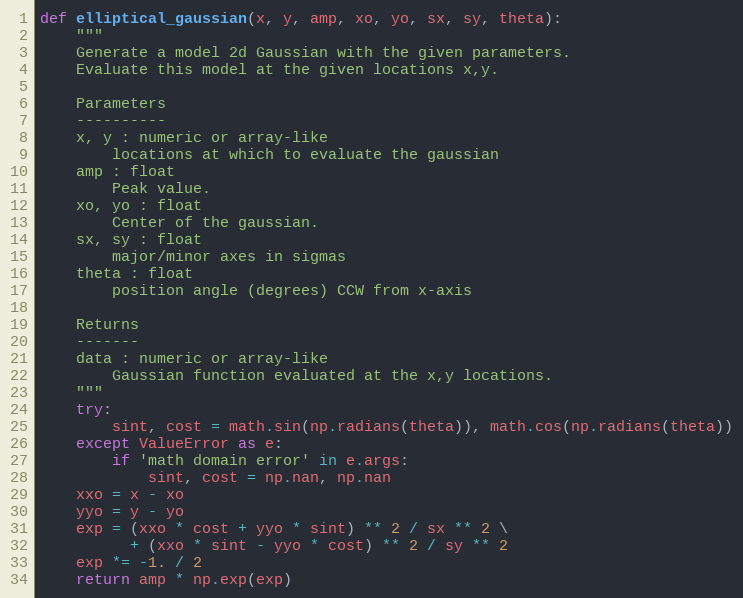
Language: Python
def elliptical_gaussian(x, y, amp, xo, yo, sx, sy, theta):
    """
    Generate a model 2d Gaussian with the given parameters.
    Evaluate this model at the given locations x,y.

    Parameters
    ----------
    x, y : numeric or array-like
        locations at which to evaluate the gaussian
    amp : float
        Peak value.
    xo, yo : float
        Center of the gaussian.
    sx, sy : float
        major/minor axes in sigmas
    theta : float
        position angle (degrees) CCW from x-axis

    Returns
    -------
    data : numeric or array-like
        Gaussian function evaluated at the x,y locations.
    """
    try:
        sint, cost = math.sin(np.radians(theta)), math.cos(np.radians(theta))
    except ValueError as e:
        if 'math domain error' in e.args:
            sint, cost = np.nan, np.nan
    xxo = x - xo
    yyo = y - yo
    exp = (xxo * cost + yyo * sint) ** 2 / sx ** 2 \
          + (xxo * sint - yyo * cost) ** 2 / sy ** 2
    exp *= -1. / 2
    return amp * np.exp(exp)